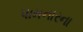
પામનારના